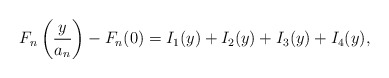
\begin{align*}F_n\left( \frac{y}{a_n} \right) - F_n(0) = I_1(y) + I_2(y) + I_3(y) + I_4(y), \end{align*}